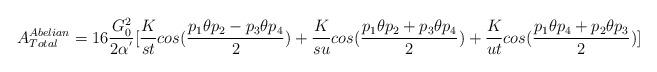
LaTeX: \begin{align*}A^{Abelian}_{Total}=16\frac{G^2_{0}}{2\alpha^{'}}[\frac{K}{st}cos(\frac{p_1\theta p_2-p_3\theta p_4}{2})+ \frac{K}{su}cos(\frac{p_1\theta p_2+p_3\theta p_4}{2})+ \frac{K}{ut}cos(\frac{p_1\theta p_4+p_2\theta p_3}{2})]\end{align*}